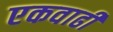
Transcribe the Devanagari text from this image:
एकवाढी